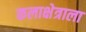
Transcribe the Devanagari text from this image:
कलाक्षेत्राला